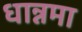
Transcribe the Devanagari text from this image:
धान्नमा